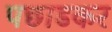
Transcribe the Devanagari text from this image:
पछाडकर